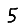
Digit: 5